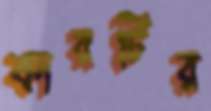
কারটির